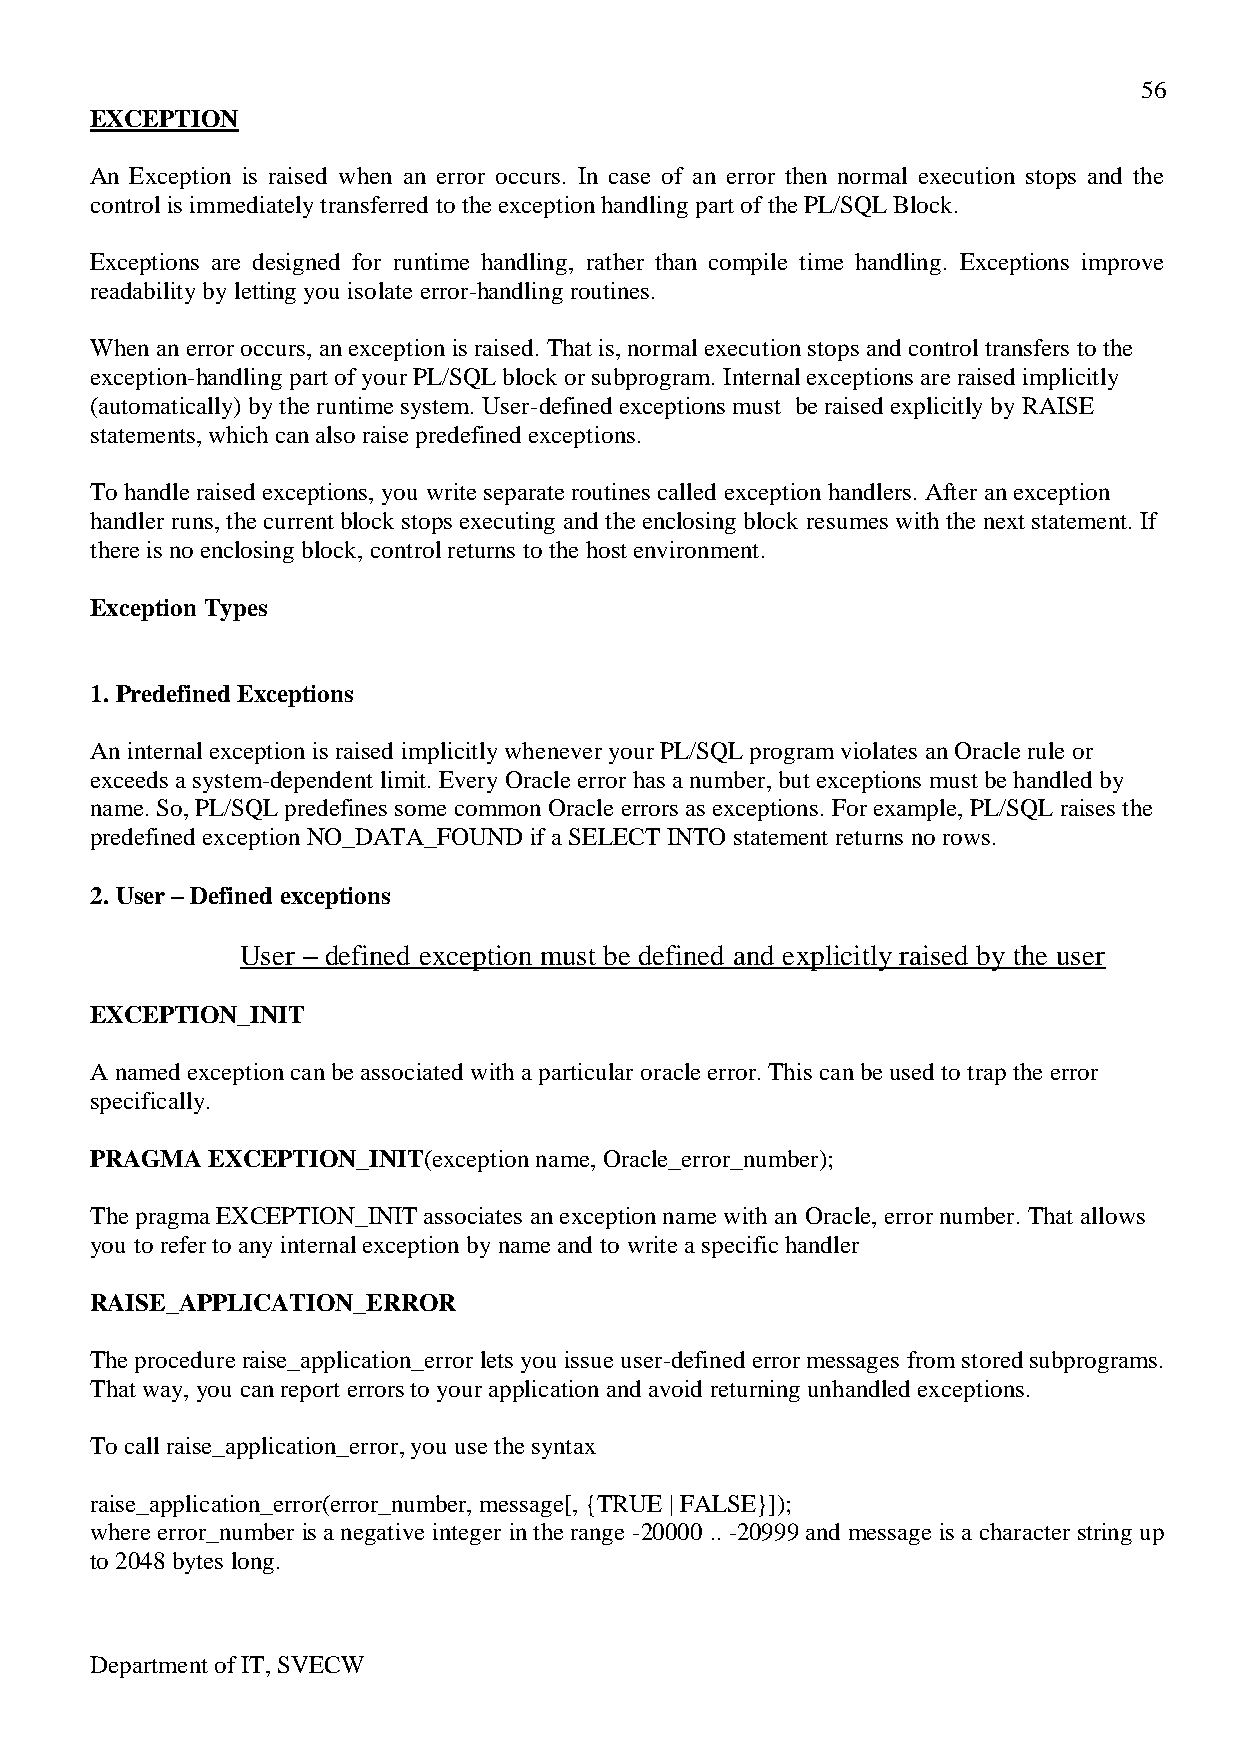
56
 EXCEPTION
 An Exception is raised when an error occurs. In case of an error then normal execution stops and the
 control is immediately transferred to the exception handling part of the PL/SQL Block.
 Exceptions are designed for runtime handling, rather than compile time handling. Exceptions improve
 readability by letting you isolate error-handling routines.
 When an error occurs, an exception is raised. That is, normal execution stops and control transfers to the
 exception-handling part of your PL/SQL block or subprogram. Internal exceptions are raised implicitly
 (automatically) by the runtime system. User-defined exceptions must be raised explicitly by RAISE
 statements, which can also raise predefined exceptions.
 To handle raised exceptions, you write separate routines called exception handlers. After an exception
 handler runs, the current block stops executing and the enclosing block resumes with the next statement. If
 there is no enclosing block, control returns to the host environment.
 Exception Types
 1. Predefined Exceptions
 An internal exception is raised implicitly whenever your PL/SQL program violates an Oracle rule or
 exceeds a system-dependent limit. Every Oracle error has a number, but exceptions must be handled by
 name. So, PL/SQL predefines some common Oracle errors as exceptions. For example, PL/SQL raises the
 predefined exception NO_DATA_FOUND if a SELECT INTO statement returns no rows.
 2. User – Defined exceptions
 User – defined exception must be defined and explicitly raised by the user
 EXCEPTION_INIT
 A named exception can be associated with a particular oracle error. This can be used to trap the error
 specifically.
 PRAGMA  EXCEPTION_INIT(exception name, Oracle_error_number);
 The pragma EXCEPTION_INIT associates an exception name with an Oracle, error number. That allows
 you to refer to any internal exception by name and to write a specific handler
 RAISE_APPLICATION_ERROR
 The procedure raise_application_error lets you issue user-defined error messages from stored subprograms.
 That way, you can report errors to your application and avoid returning unhandled exceptions.
 To call raise_application_error, you use the syntax
 raise_application_error(error_number, message[, {TRUE | FALSE}]);
 where error_number is a negative integer in the range -20000 .. -20999 and message is a character string up
 to 2048 bytes long.
 Department of IT, SVECW